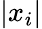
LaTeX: \left|x_{i}\right|